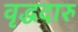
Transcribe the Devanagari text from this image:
वृद्धदारु